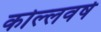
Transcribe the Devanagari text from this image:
कोल्लवर्ष